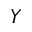
Y